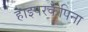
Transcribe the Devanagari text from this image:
हाइपरकैपिना